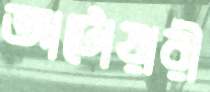
আটোয়ারী